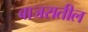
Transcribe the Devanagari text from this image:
बाजरातील